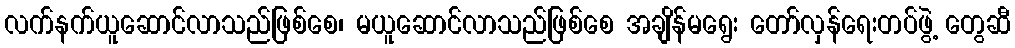
လက်နက်ယူဆောင်လာသည်ဖြစ်စေ၊ မယူဆောင်လာသည်ဖြစ်စေ အချိန်မရွေး တော်လှန်ရေးတပ်ဖွဲ့ တွေဆီ